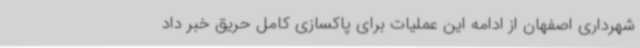
شهرداری اصفهان از ادامه این عملیات برای پاکسازی کامل حریق خبر داد